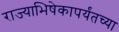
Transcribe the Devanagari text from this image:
राज्याभिषेकापर्यंतच्या